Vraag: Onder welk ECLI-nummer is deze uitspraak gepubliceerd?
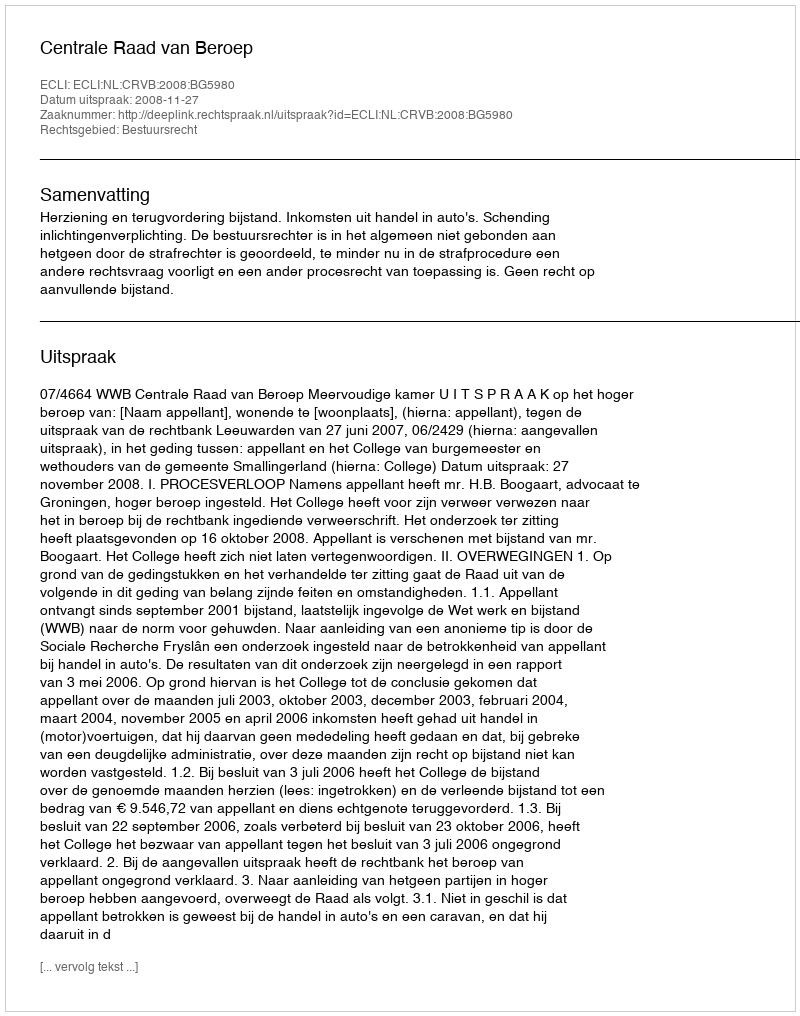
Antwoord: ECLI:NL:CRVB:2008:BG5980